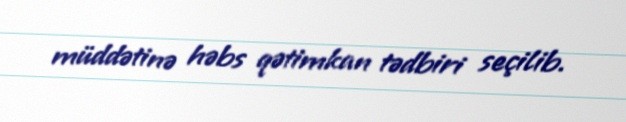
müddətinə həbs qətimkan tədbiri seçilib.